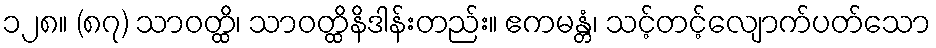
၁၂၈။ (၈၇) သာဝတ္ထိ၊ သာဝတ္ထိနိဒါန်းတည်း။ ဧကမန္တံ၊ သင့်တင့်လျောက်ပတ်သော